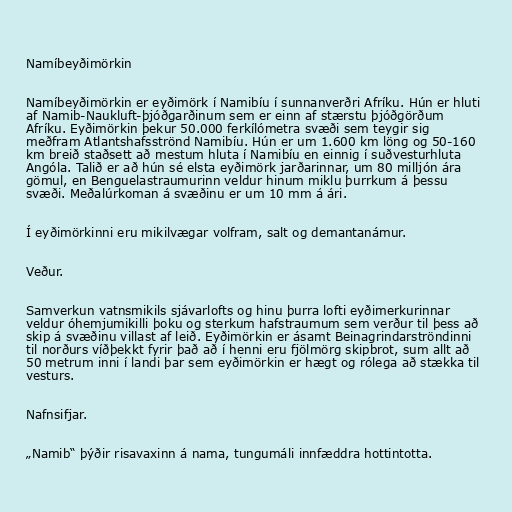
Namíbeyðimörkin

Namíbeyðimörkin er eyðimörk í Namibíu í sunnanverðri Afríku. Hún er hluti
af Namib-Naukluft-þjóðgarðinum sem er einn af stærstu þjóðgörðum
Afríku. Eyðimörkin þekur 50.000 ferkílómetra svæði sem teygir sig
meðfram Atlantshafsströnd Namibíu. Hún er um 1.600 km löng og 50-160
km breið staðsett að mestum hluta í Namibíu en einnig í suðvesturhluta
Angóla. Talið er að hún sé elsta eyðimörk jarðarinnar, um 80 milljón ára
gömul, en Benguelastraumurinn veldur hinum miklu þurrkum á þessu
svæði. Meðalúrkoman á svæðinu er um 10 mm á ári.

Í eyðimörkinni eru mikilvægar volfram, salt og demantanámur.

Veður.

Samverkun vatnsmikils sjávarlofts og hinu þurra lofti eyðimerkurinnar
veldur óhemjumikilli þoku og sterkum hafstraumum sem verður til þess að
skip á svæðinu villast af leið. Eyðimörkin er ásamt Beinagrindarströndinni
til norðurs víðþekkt fyrir það að í henni eru fjölmörg skipbrot, sum allt að
50 metrum inni í landi þar sem eyðimörkin er hægt og rólega að stækka til
vesturs.

Nafnsifjar.

„Namib“ þýðir risavaxinn á nama, tungumáli innfæddra hottintotta.